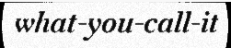
what-you-call-it